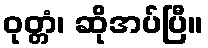
ဝုတ္တံ၊ ဆိုအပ်ပြီ။